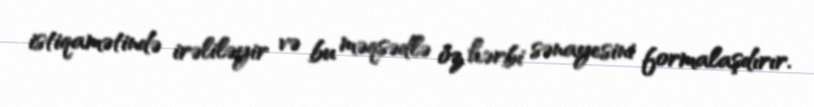
istiqamətində irəliləyir və bu məqsədlə öz hərbi sənayesini formalaşdırır.